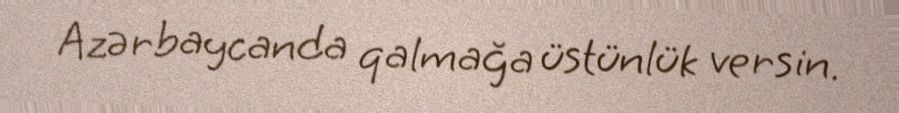
Azərbaycanda qalmağa üstünlük versin.